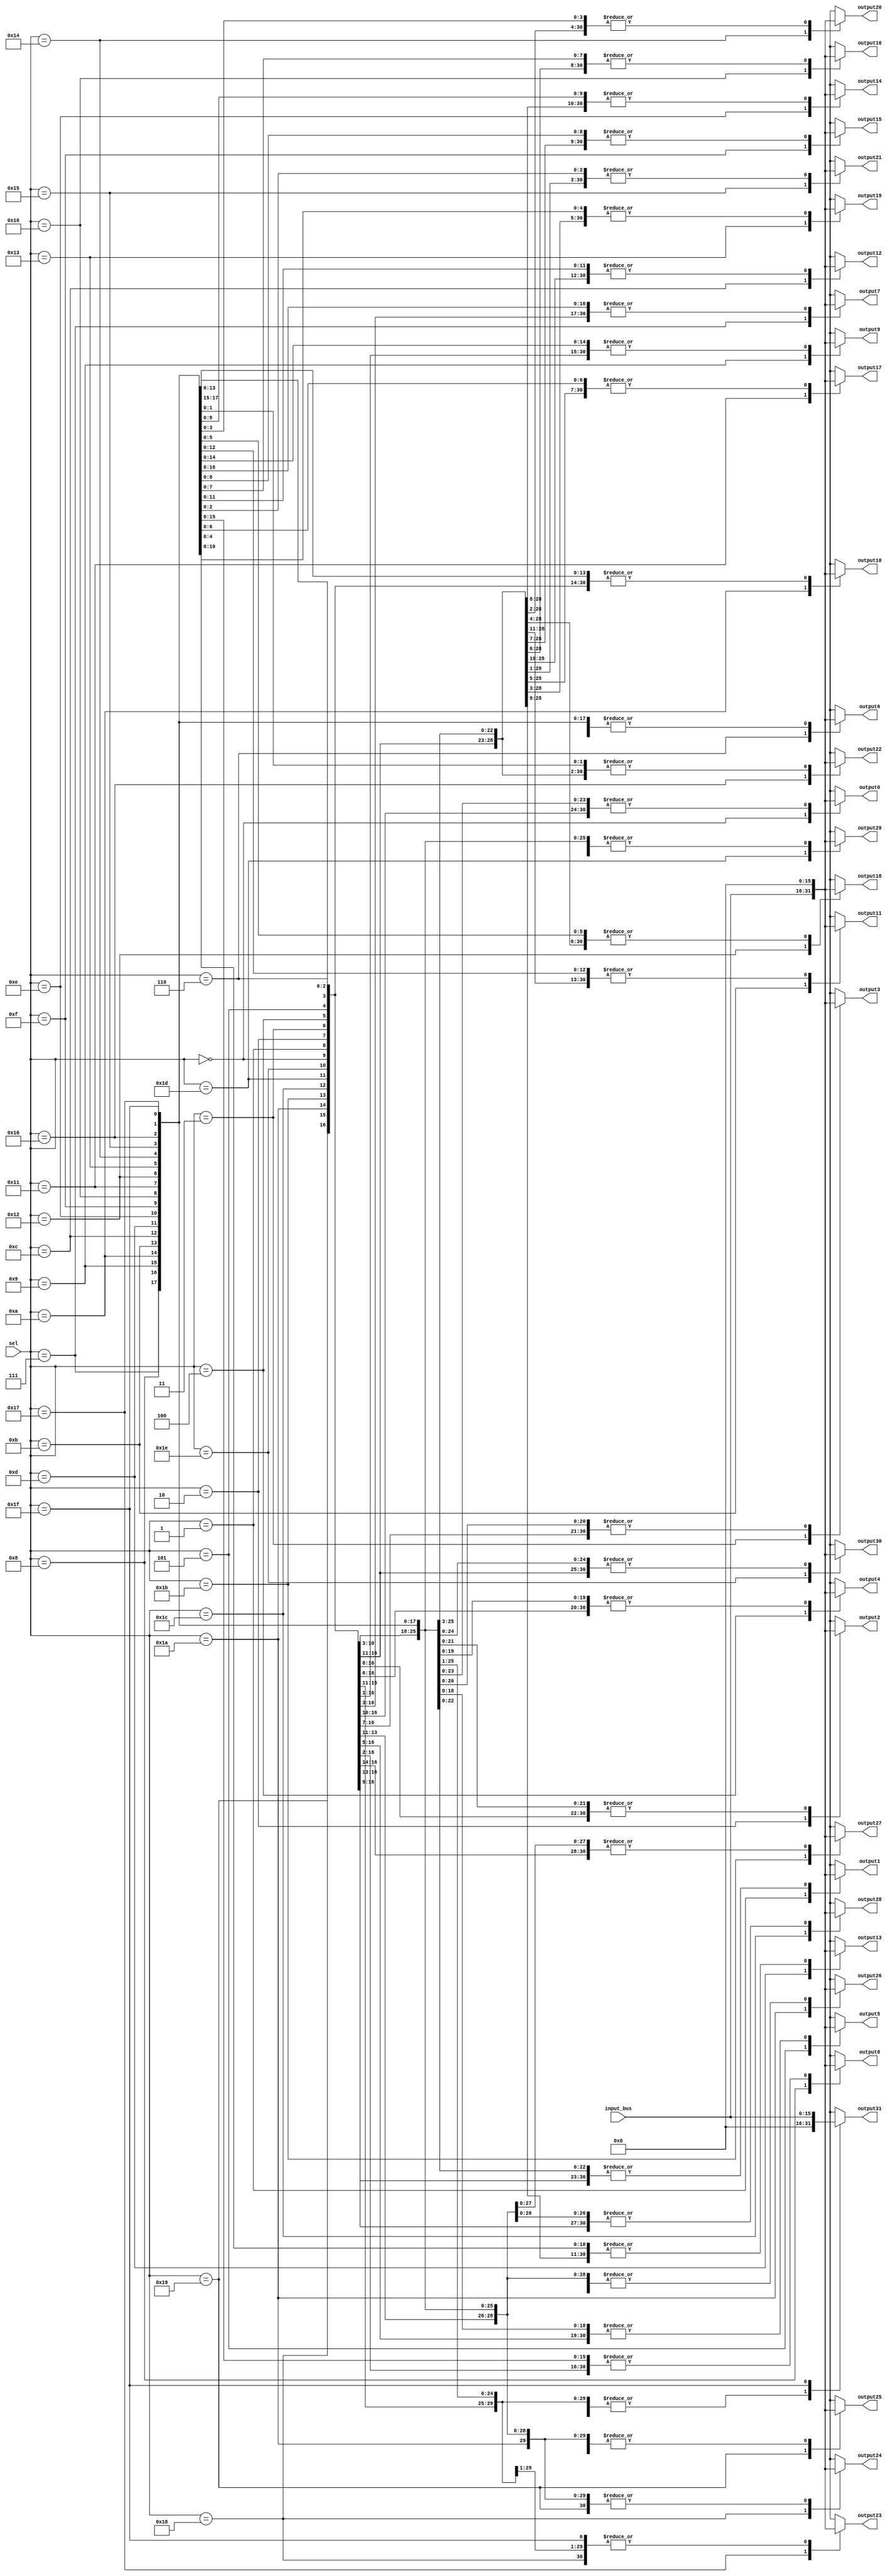
//
// Verilog Module mopshub_lib.demux1_Nbit
//
// Created:
//          by - dcs.dcs (chipdev2.physik.uni-wuppertal.de)
//          at - 20:40:24 06/06/21
//
// using Mentor Graphics HDL Designer(TM) 2019.4 (Build 4)
//

`resetall
`timescale 1ns/10ps
module demux1_Nbit#(
  parameter def_value = 16'b0,
  parameter N = 16
  
  )( 
  input    wire  [4 : 0]           sel,

  input    wire  [N-1 : 0]           input_bus,  
  output   wire  [N-1 : 0]            output9, 
  output   wire  [N-1 : 0]            output18, 
  output   wire  [N-1 : 0]            output19, 
  output   wire  [N-1 : 0]            output20, 
  output   wire  [N-1 : 0]            output21, 
  output   wire  [N-1 : 0]            output22, 
  output   wire  [N-1 : 0]            output23, 
  output   wire  [N-1 : 0]            output24, 
  output   wire  [N-1 : 0]            output4, 
  output   wire  [N-1 : 0]            output5, 
  output   wire  [N-1 : 0]            output6, 
  output   wire  [N-1 : 0]            output7, 
  output   wire  [N-1 : 0]            output8, 
  output   wire  [N-1 : 0]            output10, 
  output   wire  [N-1 : 0]            output11, 
  output   wire  [N-1 : 0]            output12, 
  output   wire  [N-1 : 0]            output13, 
  output   wire  [N-1 : 0]            output14, 
  output   wire  [N-1 : 0]            output15, 
  output   wire  [N-1 : 0]            output16, 
  output   wire  [N-1 : 0]            output17, 
  output   wire  [N-1 : 0]            output0, 
  output   wire  [N-1 : 0]            output1, 
  output   wire  [N-1 : 0]            output2, 
  output   wire  [N-1 : 0]            output3, 
  output   wire  [N-1 : 0]            output26, 
  output   wire  [N-1 : 0]            output27, 
  output   wire  [N-1 : 0]            output28, 
  output   wire  [N-1 : 0]            output29, 
  output   wire  [N-1 : 0]            output30, 
  output   wire  [N-1 : 0]            output31, 
  output   wire  [N-1 : 0]            output25
  );
  
  reg  [N-1 : 0]  output9_reg =def_value; 
  reg  [N-1 : 0]  output18_reg =def_value; 
  reg  [N-1 : 0]  output19_reg =def_value; 
  reg  [N-1 : 0]  output20_reg =def_value; 
  reg  [N-1 : 0]  output21_reg =def_value; 
  reg  [N-1 : 0]  output22_reg =def_value; 
  reg  [N-1 : 0]  output23_reg =def_value; 
  reg  [N-1 : 0]  output24_reg =def_value; 
  reg  [N-1 : 0]  output4_reg =def_value; 
  reg  [N-1 : 0]  output5_reg =def_value; 
  reg  [N-1 : 0]  output6_reg =def_value; 
  reg  [N-1 : 0]  output7_reg =def_value; 
  reg  [N-1 : 0]  output8_reg =def_value; 
  reg  [N-1 : 0]  output10_reg =def_value; 
  reg  [N-1 : 0]  output11_reg =def_value; 
  reg  [N-1 : 0]  output12_reg =def_value; 
  reg  [N-1 : 0]  output13_reg =def_value; 
  reg  [N-1 : 0]  output14_reg =def_value; 
  reg  [N-1 : 0]  output15_reg =def_value; 
  reg  [N-1 : 0]  output16_reg =def_value; 
  reg  [N-1 : 0]  output17_reg =def_value; 
  reg  [N-1 : 0]  output0_reg =def_value; 
  reg  [N-1 : 0]  output1_reg =def_value; 
  reg  [N-1 : 0]  output2_reg =def_value; 
  reg  [N-1 : 0]  output3_reg =def_value; 
  reg  [N-1 : 0]  output26_reg =def_value; 
  reg  [N-1 : 0]  output27_reg =def_value; 
  reg  [N-1 : 0]  output28_reg =def_value; 
  reg  [N-1 : 0]  output29_reg =def_value; 
  reg  [N-1 : 0]  output30_reg =def_value; 
  reg  [N-1 : 0]  output31_reg =def_value; 
  reg  [N-1 : 0]  output25_reg =def_value; 
  
 assign  output9=output9_reg; 
 assign  output18=output18_reg; 
 assign  output19=output19_reg; 
 assign  output20=output20_reg; 
 assign  output21=output21_reg; 
 assign  output22=output22_reg; 
 assign  output23=output23_reg; 
 assign  output24=output24_reg; 
 assign  output4=output4_reg; 
 assign  output5=output5_reg; 
 assign  output6=output6_reg; 
 assign  output7=output7_reg; 
 assign  output8=output8_reg; 
 assign  output10=output10_reg; 
 assign  output11=output11_reg; 
 assign  output12=output12_reg; 
 assign  output13=output13_reg; 
 assign  output14=output14_reg; 
 assign  output15=output15_reg; 
 assign  output16=output16_reg; 
 assign  output17=output17_reg; 
 assign  output0=output0_reg; 
 assign  output1=output1_reg; 
 assign  output2=output2_reg; 
 assign  output3=output3_reg; 
 assign  output26=output26_reg; 
 assign  output27=output27_reg; 
 assign  output28=output28_reg; 
 assign  output29=output29_reg; 
 assign  output30=output30_reg; 
 assign  output31=output31_reg; 
 assign  output25=output25_reg; 
  
  always @(*)
  begin 
   output9_reg =def_value; 
   output18_reg =def_value; 
   output19_reg =def_value; 
   output20_reg =def_value; 
   output21_reg =def_value; 
   output22_reg =def_value; 
   output23_reg =def_value; 
   output24_reg =def_value; 
   output4_reg =def_value; 
   output5_reg =def_value; 
   output6_reg =def_value; 
   output7_reg =def_value; 
   output8_reg =def_value; 
   output10_reg =def_value; 
   output11_reg =def_value; 
   output12_reg =def_value; 
   output13_reg =def_value; 
   output14_reg =def_value; 
   output15_reg =def_value; 
   output16_reg =def_value; 
   output17_reg =def_value; 
   output0_reg =def_value; 
   output1_reg =def_value; 
   output2_reg =def_value; 
   output3_reg =def_value; 
   output26_reg =def_value; 
   output27_reg =def_value; 
   output28_reg =def_value; 
   output29_reg =def_value; 
   output30_reg =def_value; 
   output31_reg =def_value; 
   output25_reg =def_value;   
   case (sel)
      5'h0 : begin 
        output0_reg = input_bus;
      end
      5'h1 : begin 
        output1_reg  = input_bus;
      end
      5'h2 : begin 
        output2_reg  = input_bus;
      end
      5'h3 : begin 
        output3_reg  = input_bus;
      end
      5'h4 : begin
        output4_reg  = input_bus;
      end
      5'h5 : begin 
        output5_reg = input_bus;
      end
      5'h6 : begin 
        output6_reg  = input_bus;
      end
      5'h7 : begin 
        output7_reg  = input_bus;
      end
      5'h8 : begin 
        output8_reg  = input_bus;
      end
      5'h9 : begin
        output9_reg  = input_bus;
      end
      5'hA : begin 
        output10_reg = input_bus;
      end
      5'hB : begin 
        output11_reg  = input_bus;
      end
      5'hC : begin 
        output12_reg  = input_bus;
      end
      5'hD : begin 
        output13_reg  = input_bus;
      end
      5'hE : begin
        output14_reg  = input_bus;
      end
      5'hF : begin 
        output15_reg = input_bus;
      end
      5'h10 : begin 
        output16_reg  = input_bus;
      end
      5'h11 : begin 
        output17_reg  = input_bus;
      end
      5'h12 : begin 
        output18_reg  = input_bus;
      end
      5'h13 : begin
        output19_reg  = input_bus;           
      end
      5'h14 : begin 
        output20_reg  = input_bus;
      end
      5'h15 : begin 
        output21_reg  = input_bus;
      end
      5'h16 : begin 
        output22_reg  = input_bus;
      end
      5'h17 : begin
        output23_reg  = input_bus;
      end
      5'h18 : begin 
        output24_reg = input_bus;
      end
      5'h19 : begin 
        output25_reg  = input_bus;
      end
      5'h1A : begin 
        output26_reg  = input_bus;
      end
      5'h1B : begin 
        output27_reg  = input_bus;
      end
      5'h1C : begin
        output28_reg  = input_bus;
    end 
      5'h1D : begin 
        output29_reg  = input_bus;
      end
      5'h1E : begin 
        output30_reg  = input_bus;
      end
      5'h1F : begin
        output31_reg  = input_bus;
    end    
      default: begin
        output0_reg  = input_bus;
    end 
    
    endcase
  end
  
endmodule